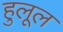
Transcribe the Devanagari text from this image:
हुलूल